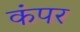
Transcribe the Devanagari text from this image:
कंपर